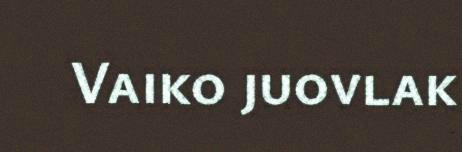
Vaiko juovlak